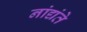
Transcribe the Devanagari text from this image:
नांद्यंते